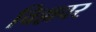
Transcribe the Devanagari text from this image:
विल्लवर